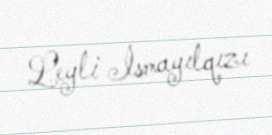
Leyli İsmayılqızı